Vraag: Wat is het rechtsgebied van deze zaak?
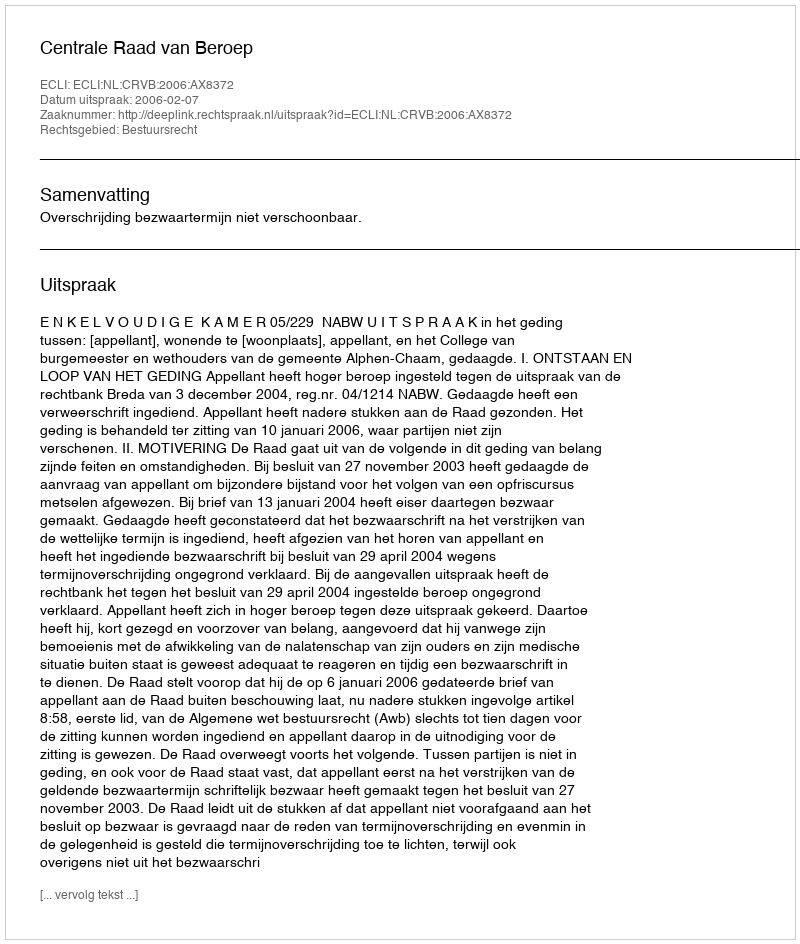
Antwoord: Bestuursrecht